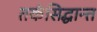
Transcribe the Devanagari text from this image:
तर्कसिद्धान्त